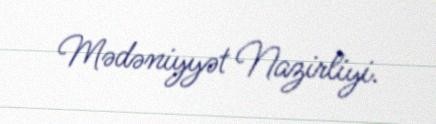
Mədəniyyət Nazirliyi.